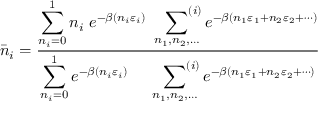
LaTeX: { \bar { n } } _ { i } = { \frac { \displaystyle \sum _ { n _ { i } = 0 } ^ { 1 } n _ { i } \ e ^ { - \beta ( n _ { i } \varepsilon _ { i } ) } \quad \sideset { } { ^ { ( i ) } } \sum _ { n _ { 1 } , n _ { 2 } , \dots } e ^ { - \beta ( n _ { 1 } \varepsilon _ { 1 } + n _ { 2 } \varepsilon _ { 2 } + \cdots ) } } { \displaystyle \sum _ { n _ { i } = 0 } ^ { 1 } e ^ { - \beta ( n _ { i } \varepsilon _ { i } ) } \qquad \sideset { } { ^ { ( i ) } } \sum _ { n _ { 1 } , n _ { 2 } , \dots } e ^ { - \beta ( n _ { 1 } \varepsilon _ { 1 } + n _ { 2 } \varepsilon _ { 2 } + \cdots ) } } }